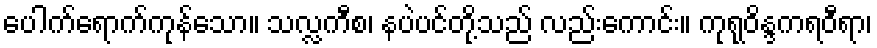
ပေါက်ရောက်ကုန်သော။ သလ္လကီစ၊ နပဲပင်တို့သည် လည်းကောင်း။ ကုရုဝိန္ဒကရဝီရာ၊